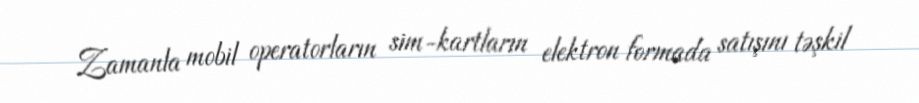
Zamanla mobil operatorların sim-kartların elektron formada satışını təşkil